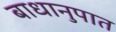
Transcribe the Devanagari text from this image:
बाधानुपात